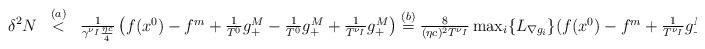
LaTeX: \begin{align*}\begin{array}{rcl}\displaystyle \delta^2 N & \overset{(a)}{<} & \frac{1}{\gamma^{\nu_I} \frac{\eta c}{4}}\left(f(x^0) - f^m + \frac{1}{T^{0}} g_+^M - \frac{1}{T^{0}} g_+^M + \frac{1}{T^{\nu_I}} g_+^M \right) \overset{(b)}{=} \frac{8}{(\eta c)^2 T^{\nu_I}} \max_i\{L_{\nabla g_i}\} (f(x^0) - f^m + \frac{1}{T^{\nu_I}} g_+^M)\end{array}\end{align*}